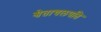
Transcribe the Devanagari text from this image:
श्वेताचलपति